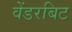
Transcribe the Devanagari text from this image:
वेंडरबिट